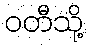
ဝတီသို့